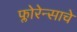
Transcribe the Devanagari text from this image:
फ्लोरेन्साचे